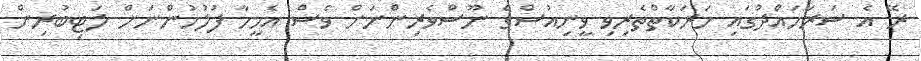
ރޭ އެ ސަރަހައްދުގައި ހަރަކާތްތެރިވި ވީނިއުސްގެ ނޫސްވެރިންނަށް ވެސް އެމީހާ ފުލުހުންނަށް ލަޓިބުރިން